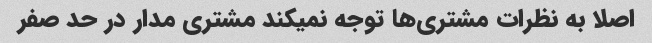
اصلا به نظرات مشتری‌ها توجه نمیکند مشتری مدار در حد صفر